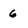
Character: 6